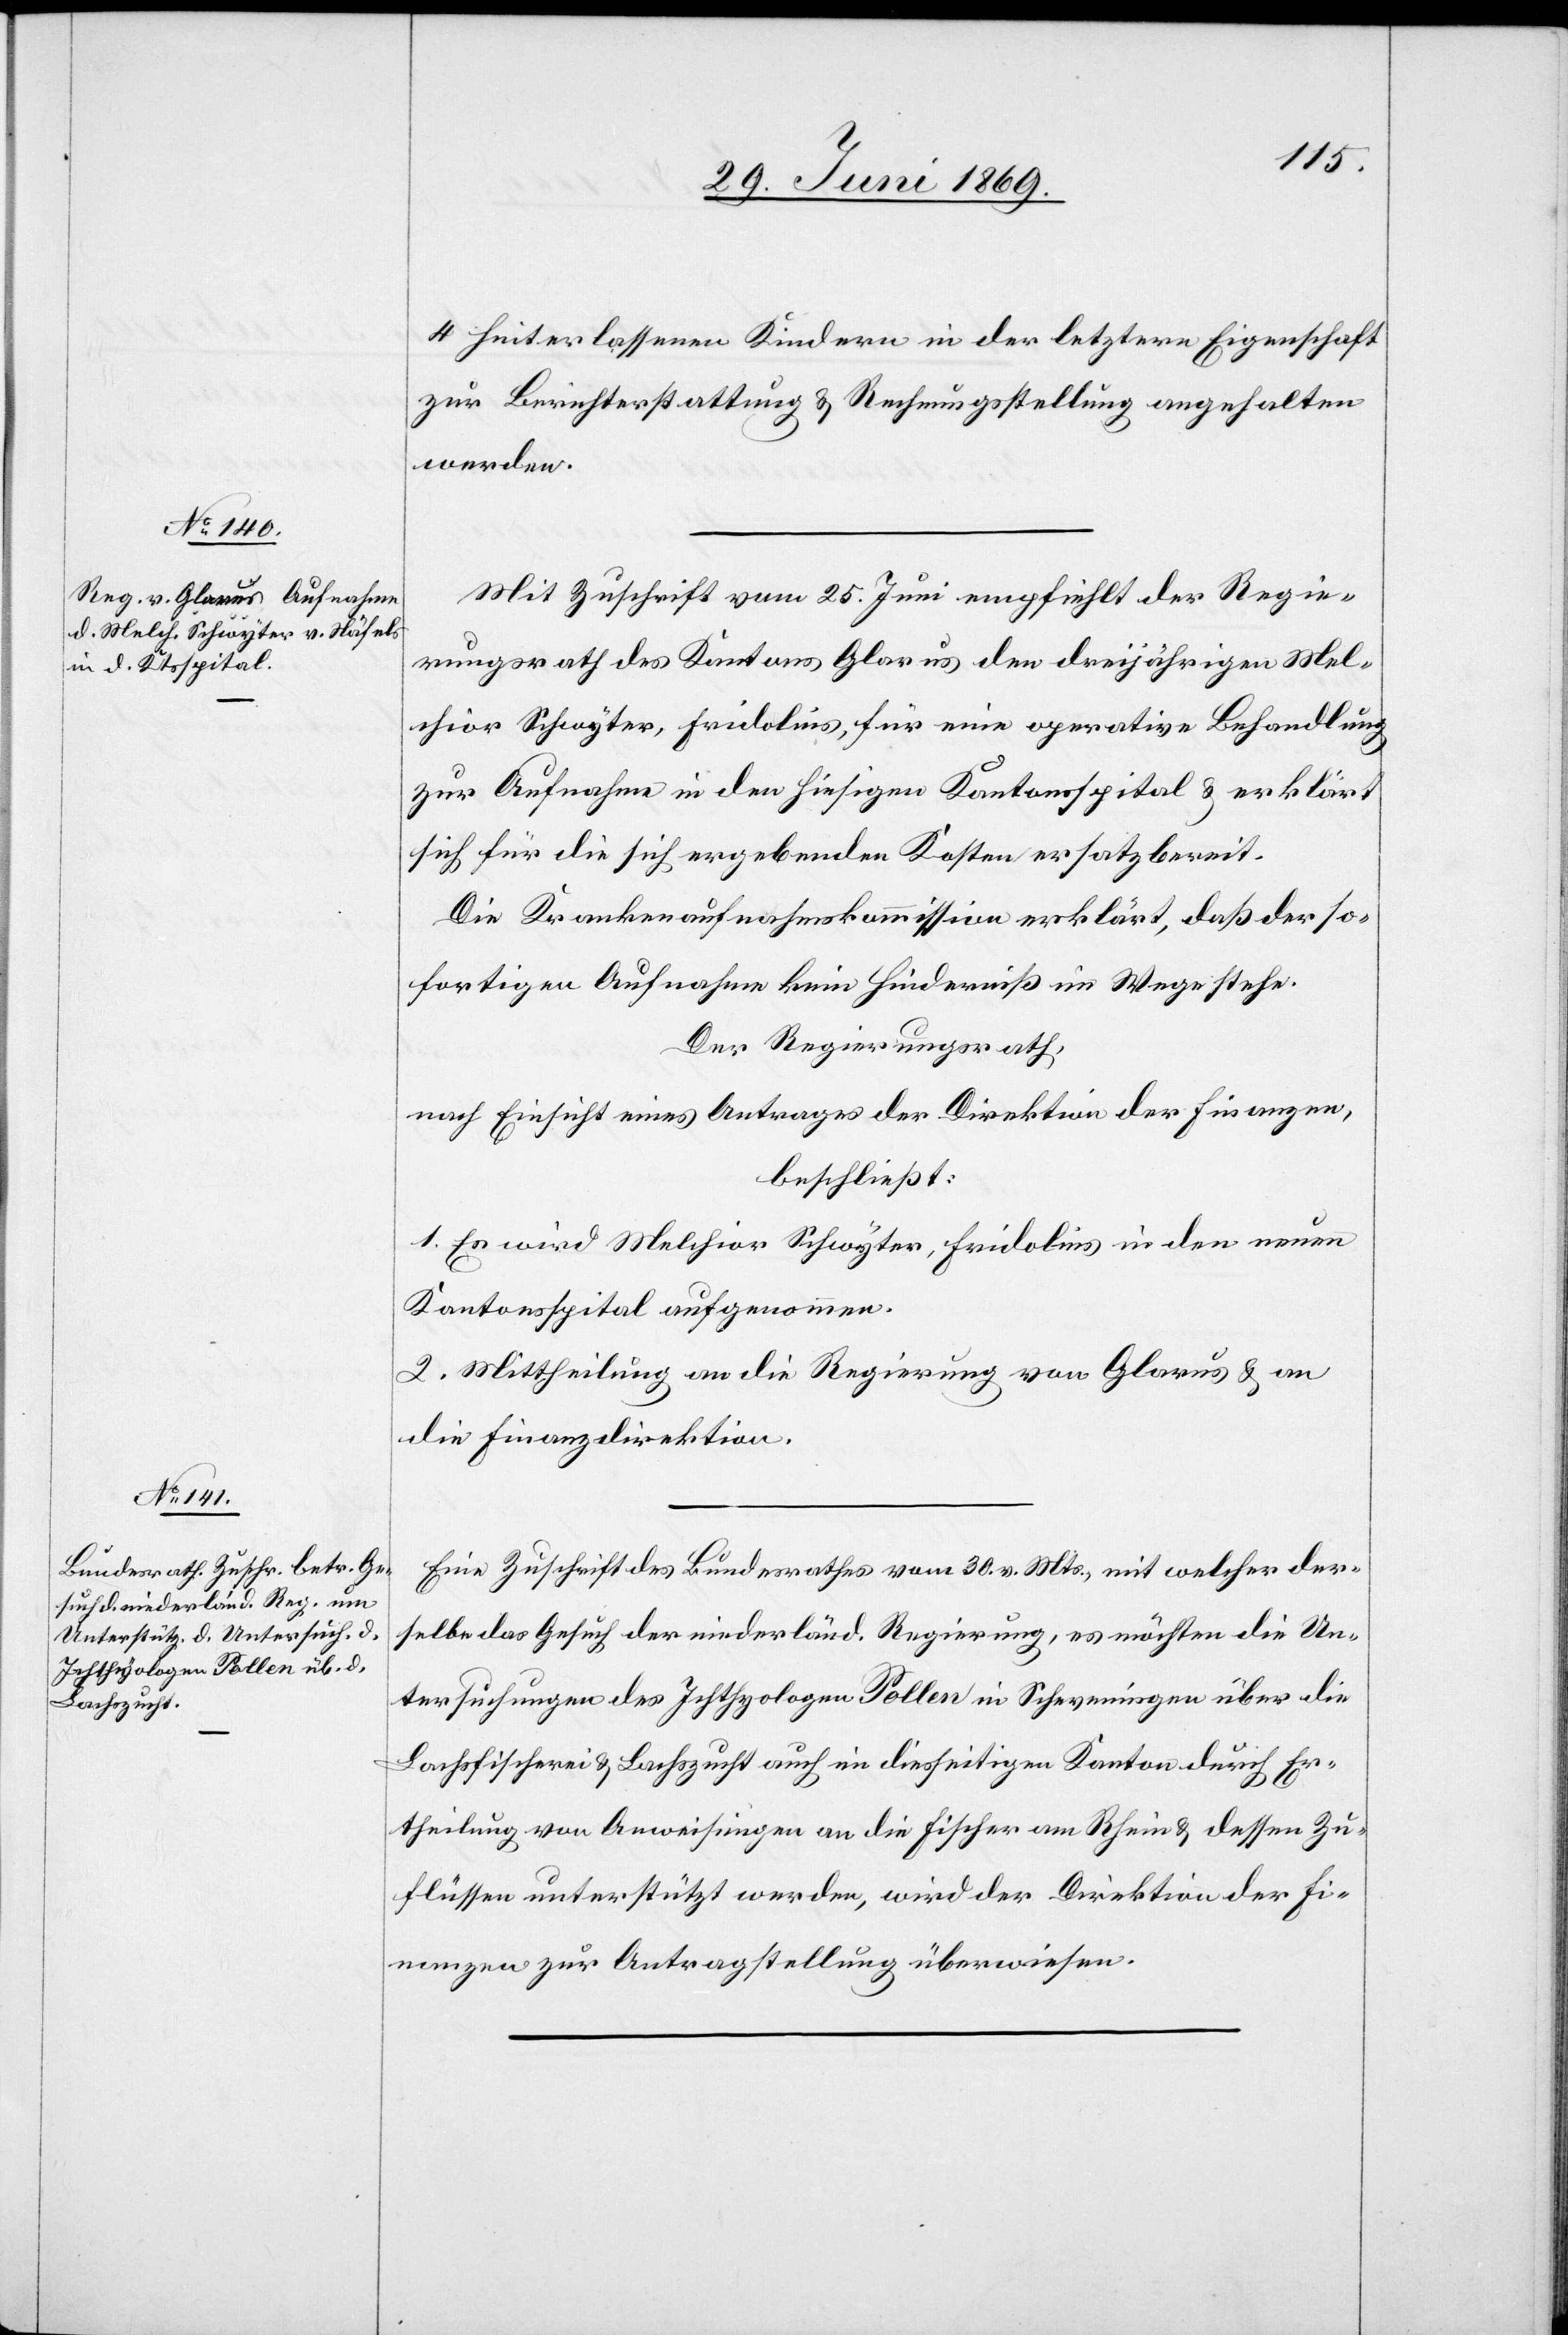
2. Juli 1869.]
4 hinterlassenen Kindern in der letztern Eigenschaft
zur Berichterstattung u. Rechnungsstellung angehalten
werden.
Mit Zuschrift vom 25. Juni empfiehlt der Regie¬
rungsrath des Kantons Glarus den dreijährigen Mel¬
chior Schwyter, Fridolins, für eine operative Behandlung
zur Aufnahme in den hiesigen Kantonsspital u. erklärt
sich für die sich ergebenden Kosten ersatzbereit.
Die Krankenaufnahmskommission erklärt, daß der so¬
fortigen Aufnahme kein Hinderniß im Wege stehe.
Der Regierungsrath,
nach Einsicht eines Antrages der Direktion der Finanzen,
beschließt:
1. Es wird Melchior Schwyter, Fridolins in den neuen
Kantonsspital aufgenommen.
2. Mittheilung an die Regierung von Glarus u. an
die Finanzdirektion.
Eine Zuschrift des Bundesrathes vom 30. v. Mts., mit welcher der¬
selbe das Gesuch der niederländ. Regierung, es möchten die Un¬
tersuchungen des Ichthyologen Pollen in Scheveningen über die
Lachsfischerei u. Lachszucht auch in diesseitigen Kanton durch Er¬
theilung von Anweisungen an die Fischer am Rhein u. dessen Zu¬
flüssen unterstützt werden, wird der Direktion der Fi¬
nanzen zur Antragstellung überwiesen.